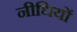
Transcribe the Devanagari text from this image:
नीधियों